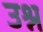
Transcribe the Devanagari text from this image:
उश्न